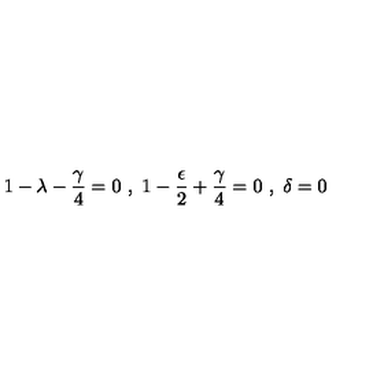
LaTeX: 1 - \lambda - \frac { \gamma } { 4 } = 0 \ , \ 1 - \frac { \epsilon } { 2 } + \frac { \gamma } { 4 } = 0 \ , \ \delta = 0